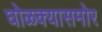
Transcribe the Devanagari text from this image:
घोळक्यासमोर